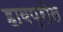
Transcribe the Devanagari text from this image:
हावप्रोल